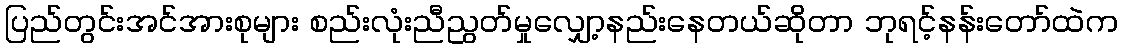
ပြည်တွင်းအင်အားစုများ စည်းလုံးညီညွတ်မှုလျှော့နည်းနေတယ်ဆိုတာ ဘုရင့်နန်းတော်ထဲက